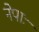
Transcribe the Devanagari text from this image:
नेपाः